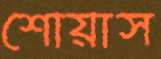
শোয়াস